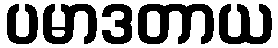
ပမာဒတာယ